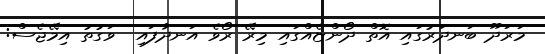
މަރަދޫ ބަނދަރުގައި އޮތް ދޯންޏެއްގައި މިރޭ ރޯވެ އަނދާފައި  ވަގުތު އިމޭޖެސް: